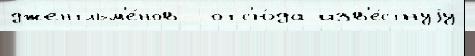
джентльм'е́нов  отс'ю́да изв'е́стнуjу